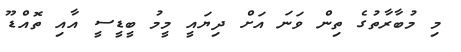
މި މުބާރާތުގެ ތިން ވަނަ އަށް ދިޔައީ މީމު ބީޑީސީ އާއި ތޮއްޑޫ